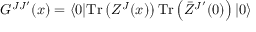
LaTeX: G ^ { J J ^ { \prime } } ( x ) = \langle 0 | \mathrm { T r } \left( Z ^ { J } ( x ) \right) \mathrm { T r } \left( \bar { Z } ^ { J ^ { \prime } } ( 0 ) \right) | 0 \rangle